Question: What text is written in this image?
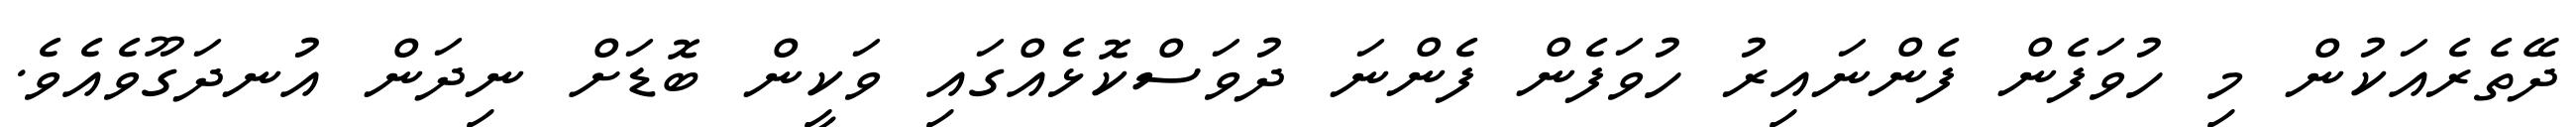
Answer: ދޭތެރެއަކުން މި ހުވަފެން ފެންނައިރު ހުވަފެން ފެންނަ ދުވަސްކޮޅެއްގައި ވަކީން ބޮޑަށް ނިދަން އުނދަގޫވެއެވެ.